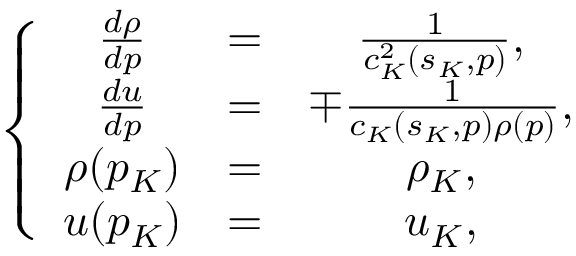
\left\{ \begin{array} { c c c } { \frac { d \rho } { d p } } & { = } & { \frac { 1 } { c _ { K } ^ { 2 } ( s _ { K } , p ) } , } \\ { \frac { d u } { d p } } & { = } & { \mp \frac { 1 } { c _ { K } ( s _ { K } , p ) \rho ( p ) } , } \\ { \rho ( p _ { K } ) } & { = } & { \rho _ { K } , } \\ { u ( p _ { K } ) } & { = } & { u _ { K } , } \end{array} \right.